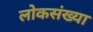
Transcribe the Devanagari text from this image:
लोकसंख्‍या